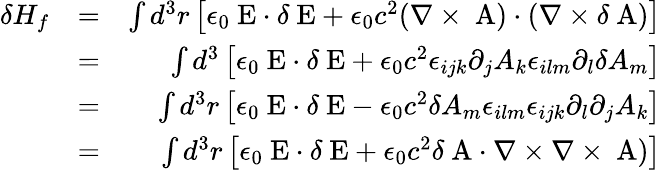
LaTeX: \begin{array}{rlr}{\delta H_{f}}&{=}&{\int d^{3}r\left[\epsilon_{0}\mathrm{\mathbf~E}\cdot\delta\mathrm{\mathbf~E}+\epsilon_{0}c^{2}(\nabla\times\mathrm{\mathbf~A})\cdot(\nabla\times\delta\mathrm{\mathbf~A})\right]}\\ &{=}&{\int d^{3}\left[\epsilon_{0}\mathrm{\mathbf~E}\cdot\delta\mathrm{\mathbf~E}+\epsilon_{0}c^{2}\epsilon_{ijk}\partial_{j}A_{k}\epsilon_{ilm}\partial_{l}\delta A_{m}\right]}\\ &{=}&{\int d^{3}r\left[\epsilon_{0}\mathrm{\mathbf~E}\cdot\delta\mathrm{\mathbf~E}-\epsilon_{0}c^{2}\delta A_{m}\epsilon_{ilm}\epsilon_{ijk}\partial_{l}\partial_{j}A_{k}\right]}\\ &{=}&{\int d^{3}r\left[\epsilon_{0}\mathrm{\mathbf~E}\cdot\delta\mathrm{\mathbf~E}+\epsilon_{0}c^{2}\delta\mathrm{\mathbf~A}\cdot\nabla\times\nabla\times\mathrm{\mathbf~A})\right]}\end{array}